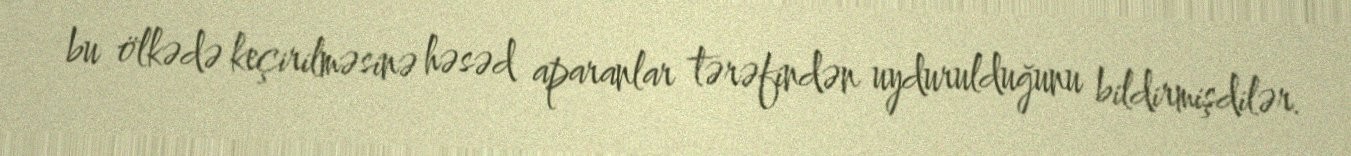
bu ölkədə keçirilməsinə həsəd aparanlar tərəfindən uydurulduğunu bildirmişdilər.